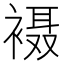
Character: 𫌇